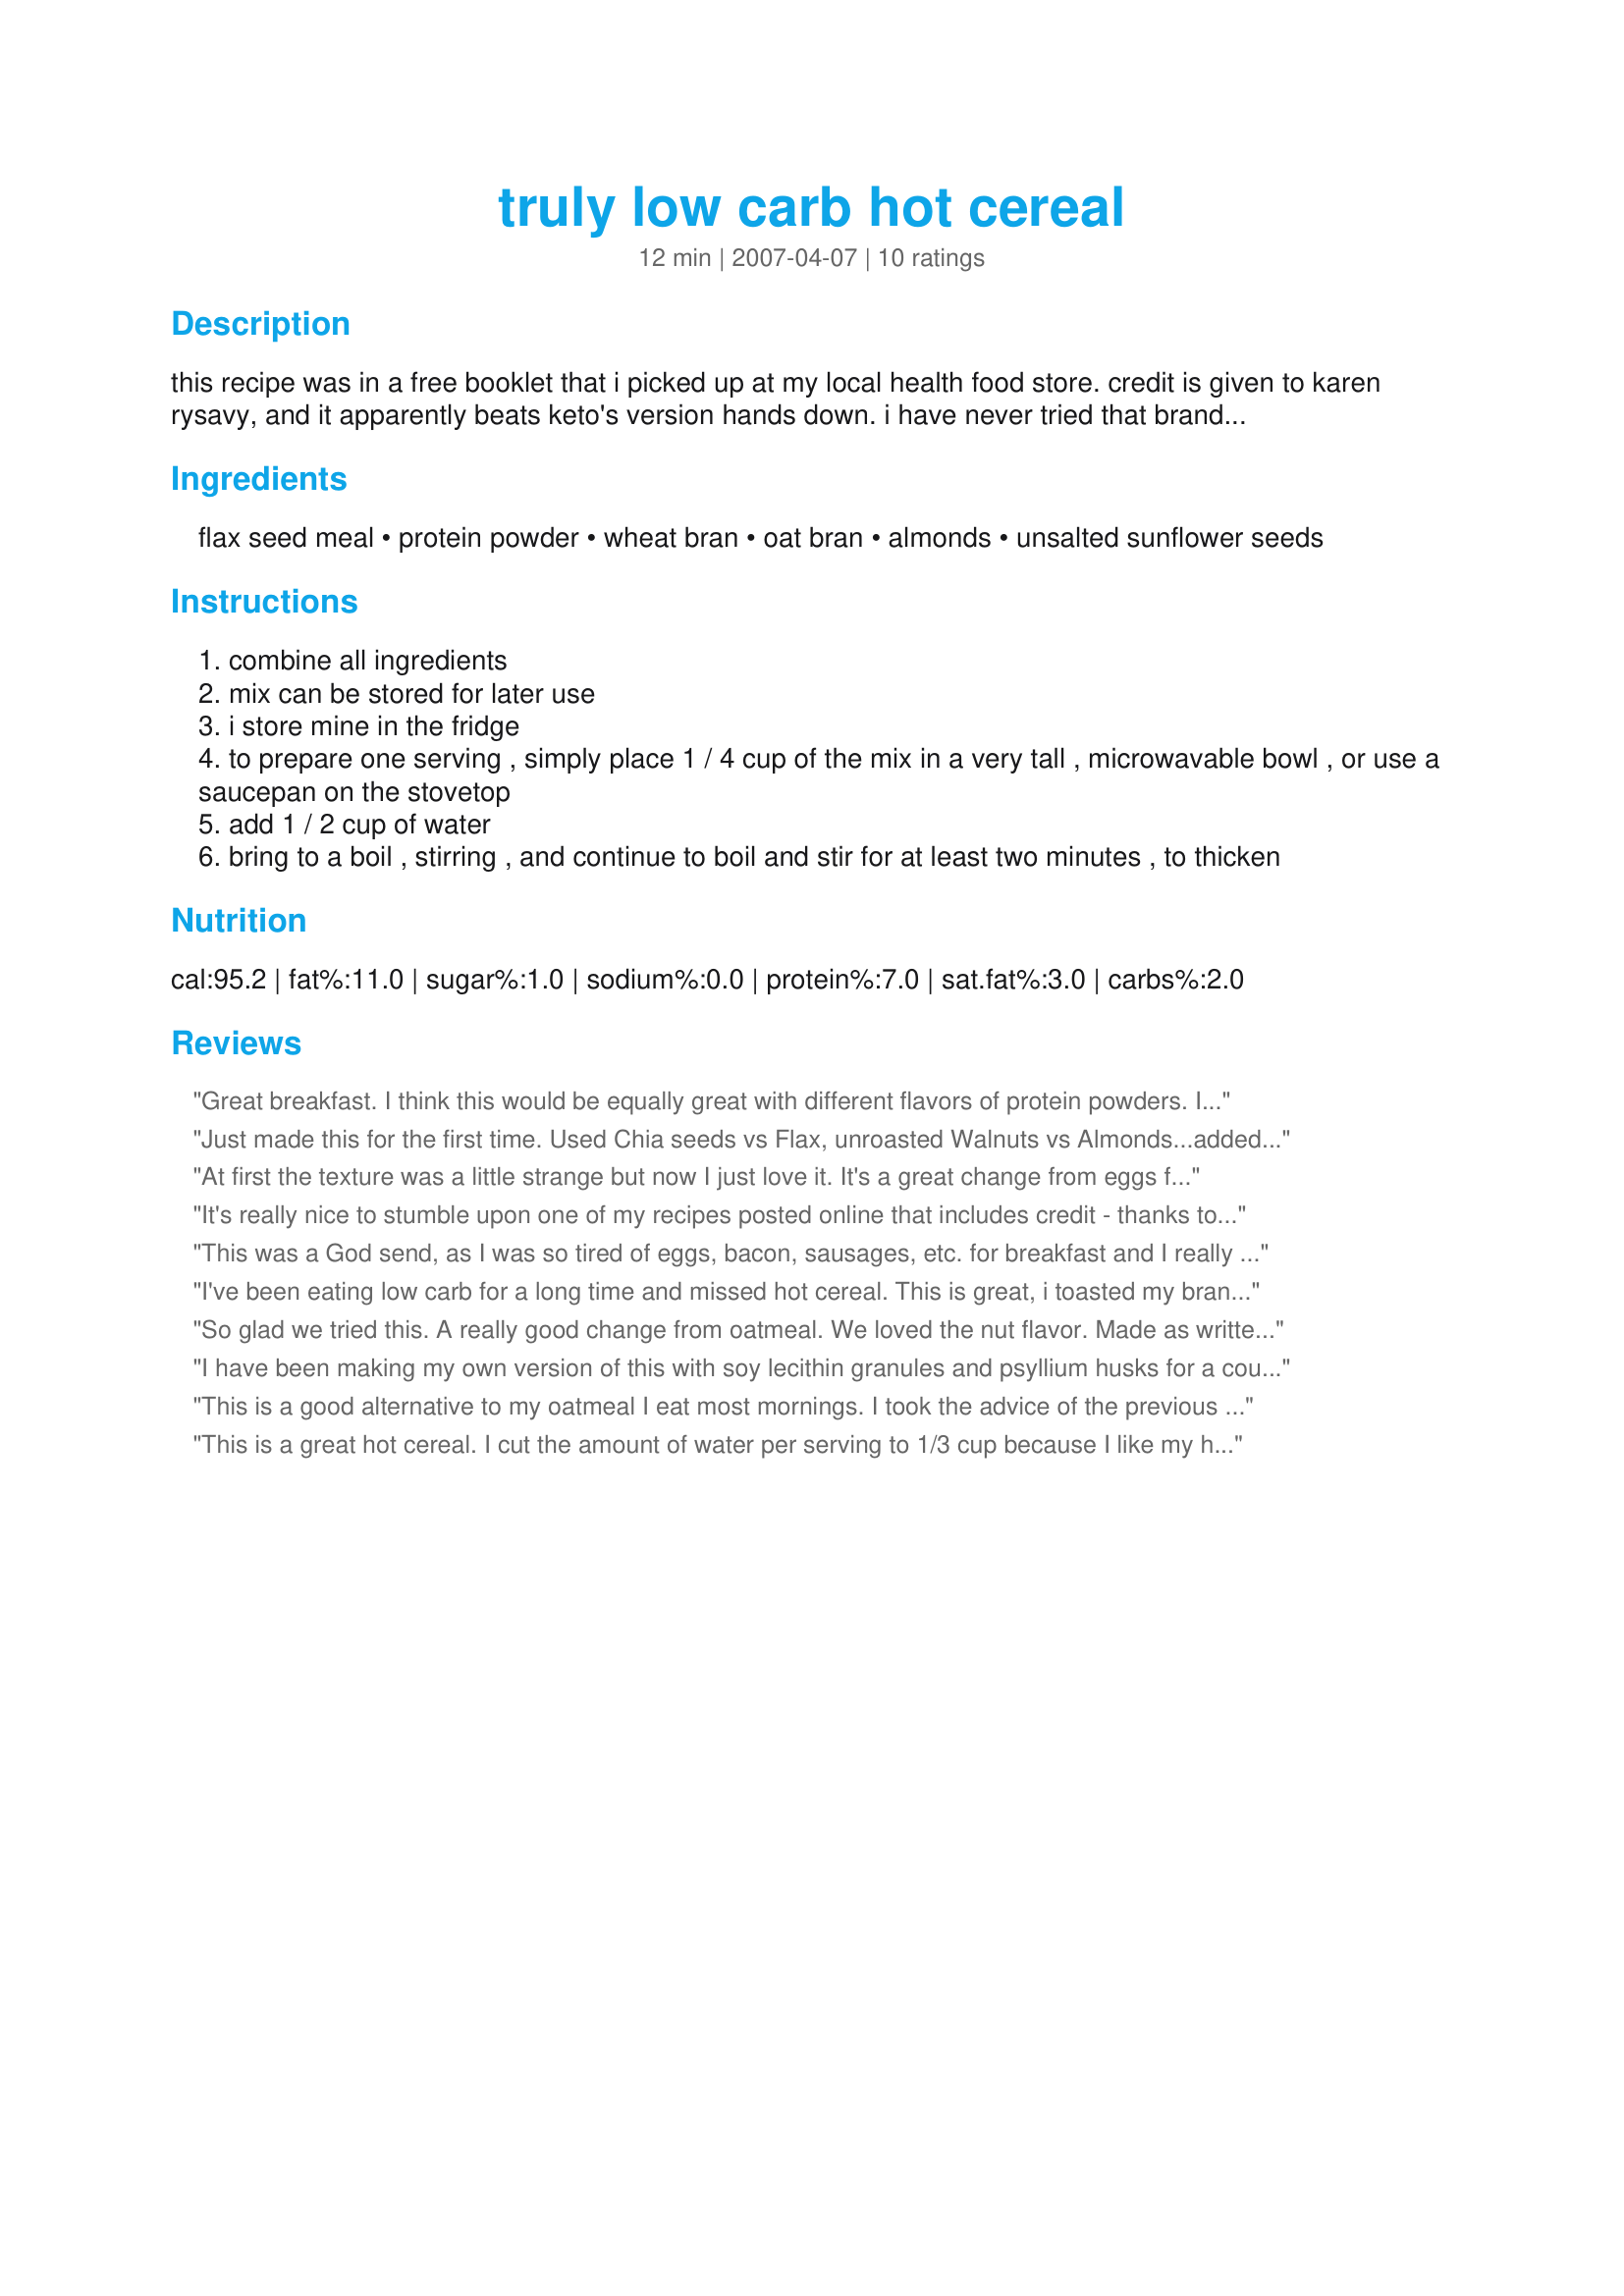
truly low carb hot cereal
Preparation time: 12 minutes

this recipe was in a free booklet that i picked up at my local health food store. credit is given to karen rysavy, and it apparently beats keto's version hands down. i have never tried that brand, but i have to say i like this. because it contains flaxmeal, i keep the mixture in the fridge, and just add some dried cranberries to the portion i am cooking. i make mine in a tall sided bowl in the microwave for about 2 1/2 minutes, but microwaves vary, so watch closely to prevent boil overs. the nutritional analysis with the recipe indicates 7g carbs, 4g fiber, 9g protein, 10g fat, 150 calories per serving

Ingredients:
flax seed meal, protein powder, wheat bran, oat bran, almonds, unsalted sunflower seeds

Steps:
combine all ingredients
mix can be stored for later use
i store mine in the fridge
to prepare one serving , simply place 1 / 4 cup of the mix in a very tall , microwavable bowl , or use a saucepan on the stovetop
add 1 / 2 cup of water
bring to a boil , stirring , and continue to boil and stir for at least two minutes , to thicken

Reviews:
Great breakfast. I think this would be equally great with different flavors of protein powders. I didn&#039;t need to add any flavored syrup to this before eating as it already had a sweet enough vanilla flavor. My only change was to sub pecans for the sunflower seeds. I&#039;m glad I made a full batch. Thanks for sharing.
Just made this for the first time. Used Chia seeds vs Flax, unroasted Walnuts vs Almonds...added Cinnamon. Fantastic! There are so many variations, I can't wait to try with sugar-free coffee syrups and fruits. Apart from day-to--day use, this will make fantastic camping breakfast too. I add boiling water to a bowl to prevent micro-spill overs.
At first the texture was a little strange but now I just love it. It's a great change from eggs for a low-carb breakfast. Quick, easy, and yummy. I double the recipe because I eat it almost every day:)Thanks so much Sweet Bamboo!
It's really nice to stumble upon one of my recipes posted online that includes credit - thanks to the uploader! I am still around, you can find more of my recipes at trulylowcarb.com and learnlowcarb,com. I still eat this cereal quite often, too. Guess I should share this one on my blog/facebook judging by the nice reviews here. :)
This was a God send, as I was so tired of eggs, bacon, sausages, etc. for breakfast and I really missed my hot cereal! You must let it sit after cooking for 2 minutes to thicken, at which time I add a pad of butter, a sprinkle of cinnamon and a tsp. of Splenda...yum! The first time I made it with almonds as directed, but since I ran out, I used chopped walnuts instead and it still tasted wonderful. Thanks for sharing this great recipe (even my non-low carb kids loved it!).
I've been eating low carb for a long time and missed hot cereal. This is great, i toasted my bran and oat bran turned out wonderful. A little butter ,cream nutmeg and cinnamon. It does have a slight slick feel from the Flax but after the first bite i did not notice it. Can't wait for breakfast now.
So glad we tried this. A really good change from oatmeal. We loved the nut flavor. Made as written using whey protein powder. It does take the full 2 minutes to thicken up. Am looking forward to taking your suggestion of adding cranberries. Also thought dates and walnuts would be tasty in it. Will definitely be making again as it has been placed in with out favorites book. Thanks so much for the post.
I have been making my own version of this with soy lecithin granules and psyllium husks for a couple of months now and I love it!! I was getting super tired of eggs for breakfast and this makes a great change. Thanks for posting.
This is a good alternative to my oatmeal I eat most mornings. I took the advice of the previous review and 1 1/2 x's the amount per serving. The only thing I omitted were the sunflower seeds. In place of I used my food processor to grind 3/4 cups of almonds and walnuts. Since I don't eat meat this is another great idea for me to get my protein. Thanks!!! 
Made for PRMR~
This is a great hot cereal. I cut the amount of water per serving to 1/3 cup because I like my hot cereal thicker. I made as written for the mix, but may cut protein powder in half and up the amount of oat bran. (I don't care much for the flavor of protein powder) I really like the almonds and sunflower seed in this.
